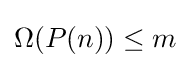
\Omega (P(n))\leq m